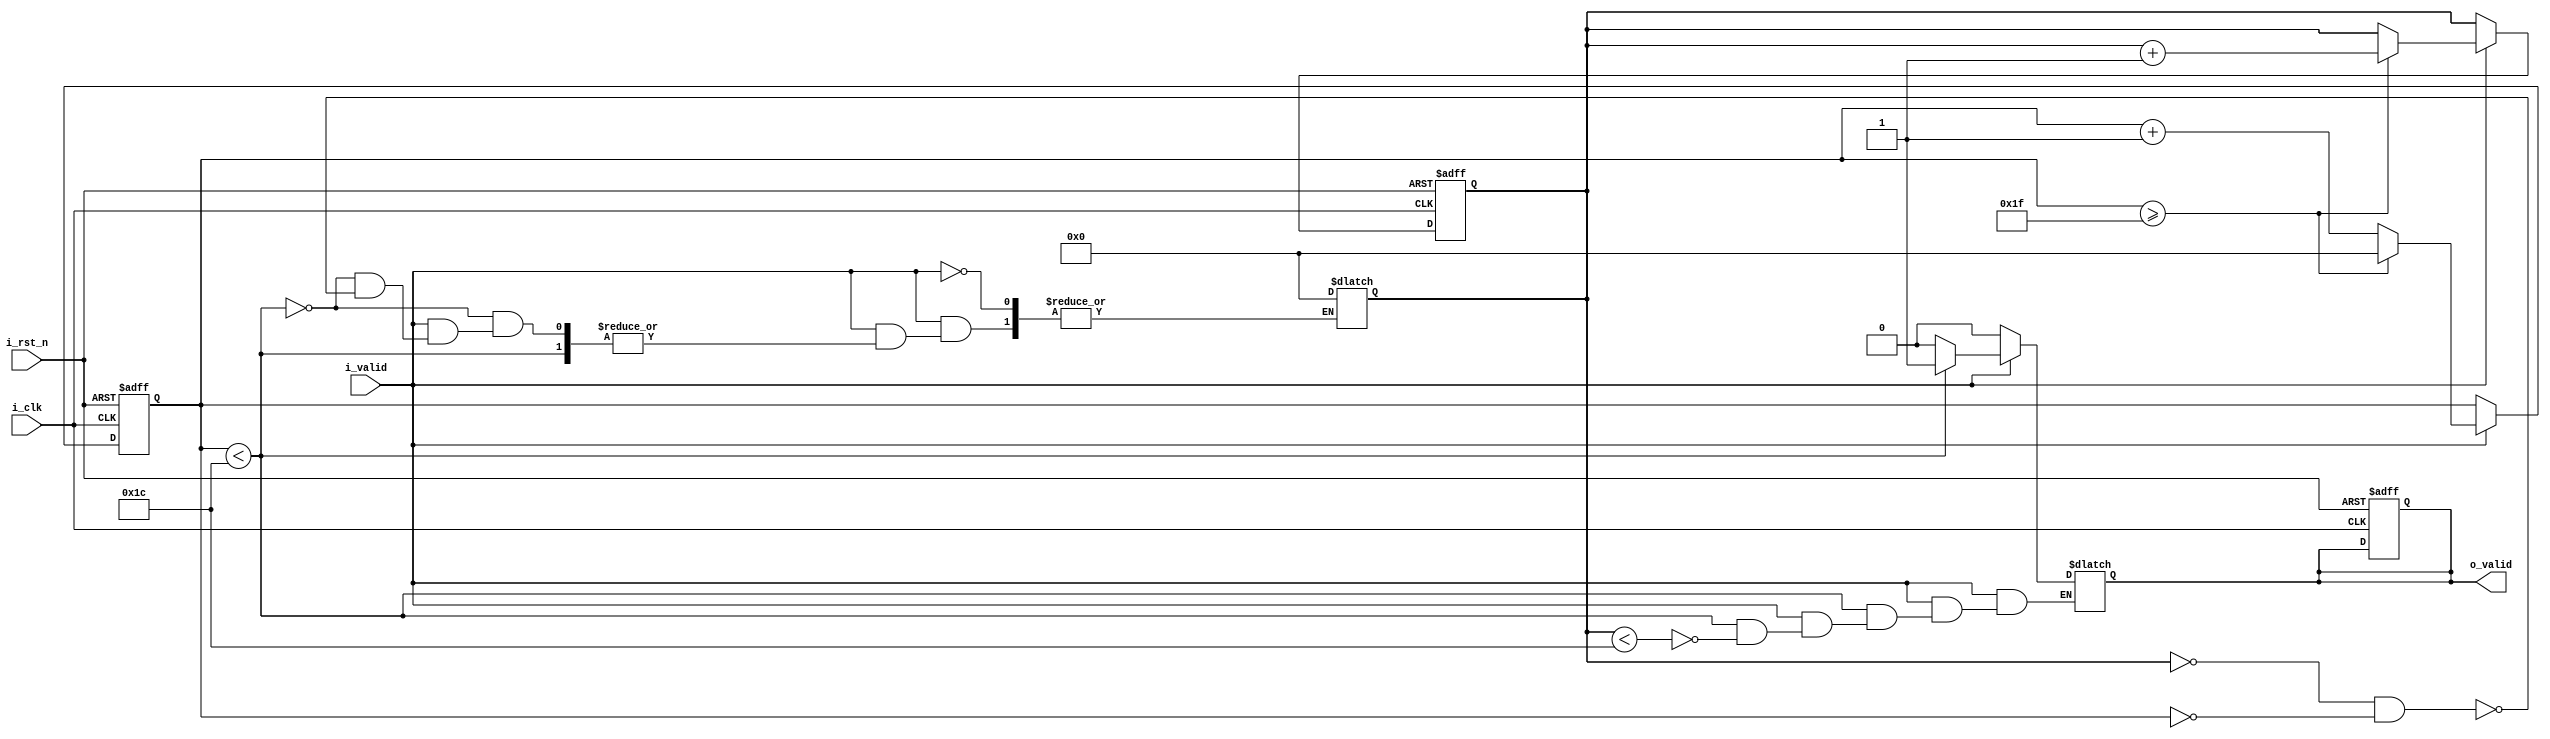
module control
//#(parameter  I_W=8)
(
	input i_clk, i_rst_n,
	input i_valid,
	output reg o_valid
	);



reg [4:0] row;
reg [4:0] column;

always @(posedge i_clk, negedge i_rst_n) begin 
if(!i_rst_n) begin  //stop reset
	o_valid<=0;
	row<=0;
	column<=0;
 	end
else begin
	if(i_valid==1) begin
		row<=row+1;
		if(row>=31) begin
			row<=0;
			column<=column+1;
			end
		
		end

  	end
end

always @(*) begin
	if(i_valid==1) begin
		if(row<28) begin
			if(column<28) begin
				o_valid=1;
				end
			end
		else begin
			o_valid=0;
			if(column==0&&row==0) begin
				column=0;
				end
			end
			
		end
	else o_valid=0;
	end
	

endmodule